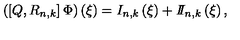
\left( \left[ Q , R _ { n , k } \right] \Phi \right) \left( \xi \right) = I _ { n , k } \left( \xi \right) + I \! \! I _ { n , k } \left( \xi \right) ,